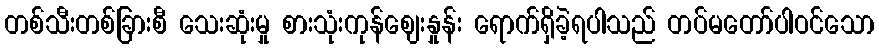
တစ်သီးတစ်ခြားစီ သေးဆုံးမှု စားသုံးကုန်ဈေးနှုန်း ရောက်ရှိခဲ့ရပါသည် တပ်မတော်ပါဝင်သော